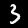
Digit: 3